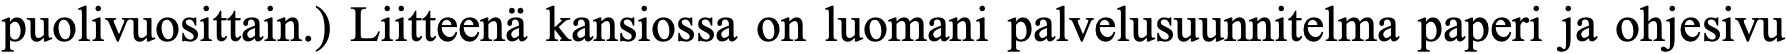
puolivuosittain.) Liitteenä kansiossa on luomani palvelusuunnitelma paperi ja ohjesivu